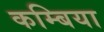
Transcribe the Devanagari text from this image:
कम्बिया